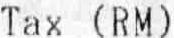
TAX (RM)